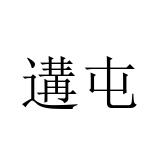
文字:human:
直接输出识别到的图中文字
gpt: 遘屯